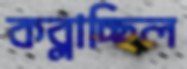
কব্‌লাচ্ছিল